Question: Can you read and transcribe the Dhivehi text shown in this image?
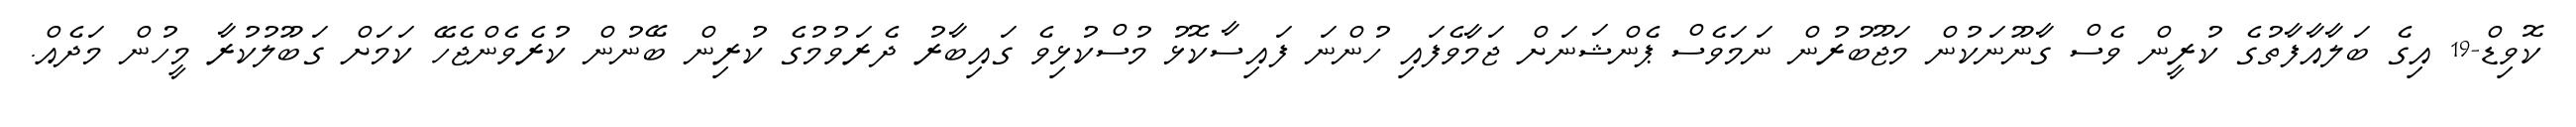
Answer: ކޮވިޑް-19 އިގެ ބަލާއާފާތުގެ ކުރީން ވެސް ގާނޫނަކުން މަޖޫބުރުން ނަމަވެސް ޕެންޝަނަށް ޖަމާވެފައި ހުންނަ ފައިސާކޮޅު މުސްކުޅިވެ ގައިބާރު ދެރަވުމުގެ ކުރިން ބޭނުން ކުރެވެންޖެހޭ ކަމަށް ގަބޫލުކުރާ މީހުން މަދެއް.